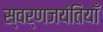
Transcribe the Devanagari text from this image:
स्वर्णजयंतियाँ